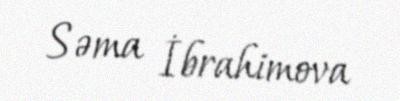
Səma İbrahimova